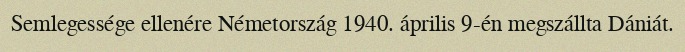
Semlegessége ellenére Németország 1940. április 9-én megszállta Dániát.